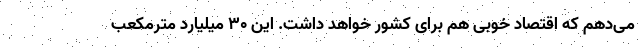
می‌دهم که اقتصاد خوبی هم برای کشور خواهد داشت. این ۳۰ میلیارد مترمکعب